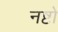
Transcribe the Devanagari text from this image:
नष्टो